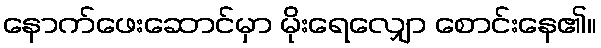
နောက်ဖေးဆောင်မှာ မိုးရေလျှော စောင်းနေ၏။